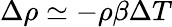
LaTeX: \Delta\rho\simeq-\rho\beta\Delta T